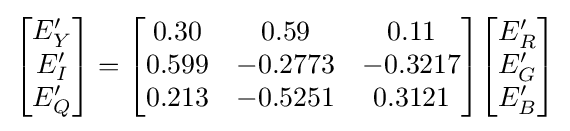
{\begin{bmatrix}E_{Y}^{\prime }\\E_{I}^{\prime }\\E_{Q}^{\prime }\end{bmatrix}}={\begin{bmatrix}0.30&0.59&0.11\\0.599&-0.2773&-0.3217\\0.213&-0.5251&0.3121\end{bmatrix}}{\begin{bmatrix}E_{R}^{\prime }\\E_{G}^{\prime }\\E_{B}^{\prime }\end{bmatrix}}